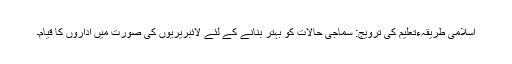
اسلامی طریقہءتعلیم کی ترویج: سماجی حالات کو بہتر بنانے کے لئے لائبریریوں کی صورت میں اداروں کا قیام۔